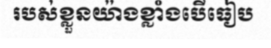
របស់ខ្លួនយ៉ាងខ្លាំងបើធៀប